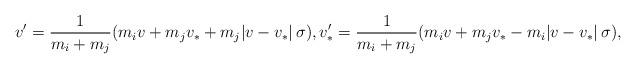
LaTeX: \begin{align*} v'=\frac{1}{m_i +m_j}(m_i v+m_j v_* + m_j \vert v- v_*\vert\, \sigma), v'_*= \frac{1}{m_i+m_j}(m_i v+m_j v_* - m_i \vert v- v_*\vert\, \sigma),\end{align*}